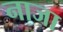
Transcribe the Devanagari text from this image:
नाजा